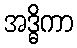
အဒ္ဓိကာ